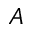
\boldsymbol { A }